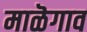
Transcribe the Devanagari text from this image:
माळॆगाव